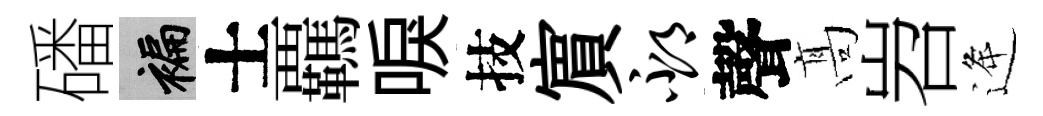
磻褊士覊唳技賔邳聲髙岧逄